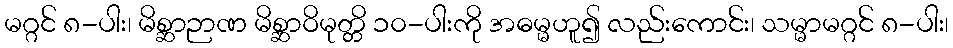
မဂ္ဂင် ၈-ပါး၊ မိစ္ဆာဉာဏ မိစ္ဆာဝိမုတ္တိ ၁၀-ပါးကို အဓမ္မဟူ၍ လည်းကောင်း၊ သမ္မာမဂ္ဂင် ၈-ပါး၊